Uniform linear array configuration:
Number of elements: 16
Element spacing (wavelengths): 0.5
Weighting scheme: exponential
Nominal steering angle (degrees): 0
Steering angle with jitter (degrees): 0.9457
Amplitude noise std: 0.05
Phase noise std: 0.05

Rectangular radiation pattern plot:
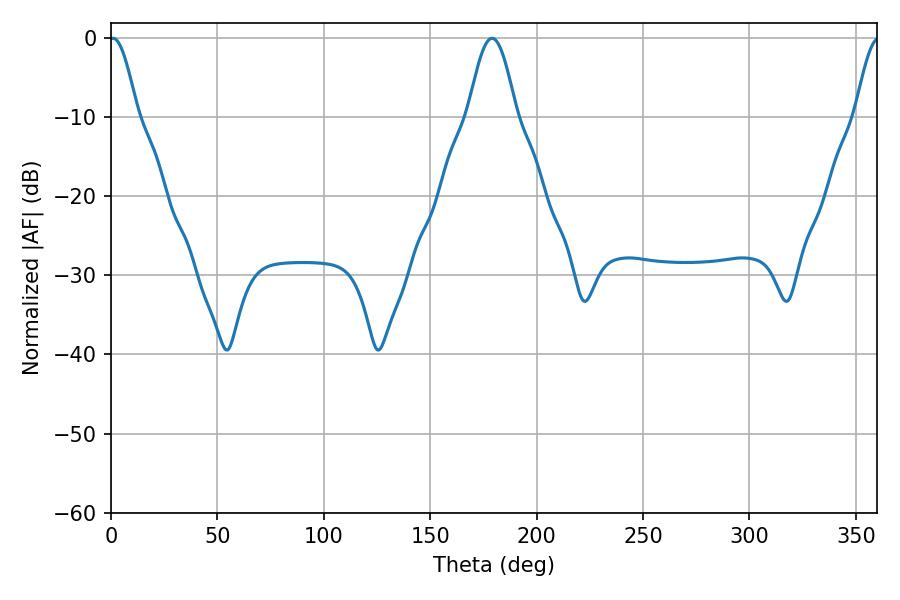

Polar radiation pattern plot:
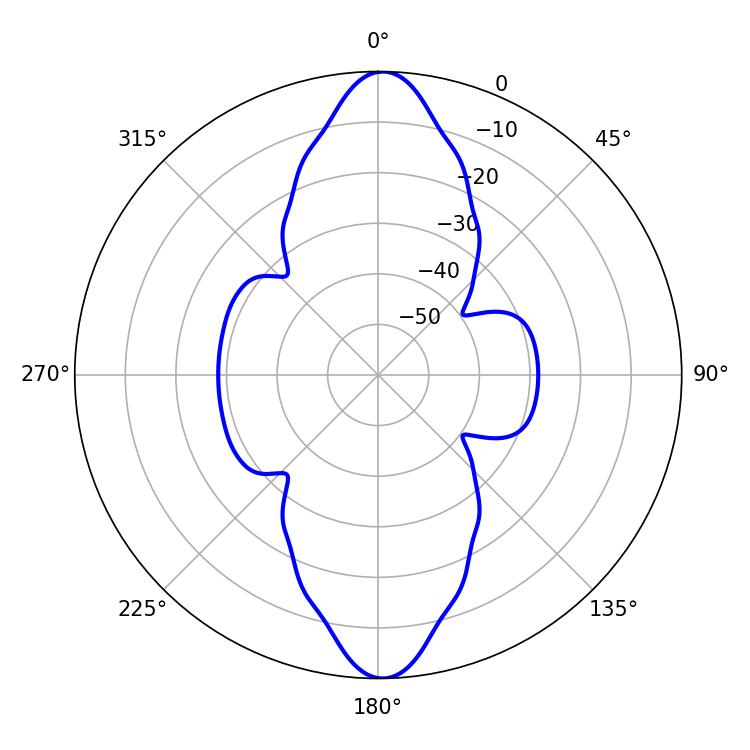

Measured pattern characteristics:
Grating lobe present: FALSE
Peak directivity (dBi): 24.011
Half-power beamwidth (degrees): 12.06
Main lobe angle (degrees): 179.1